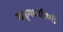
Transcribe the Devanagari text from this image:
खड्गधारिणी